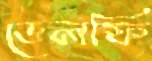
ডেলফি